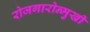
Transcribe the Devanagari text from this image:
रोजगारोन्मुखी